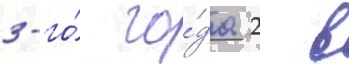
3-го́ го́да 2 в